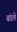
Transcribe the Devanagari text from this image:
बंडले